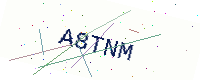
Text: A8TNM